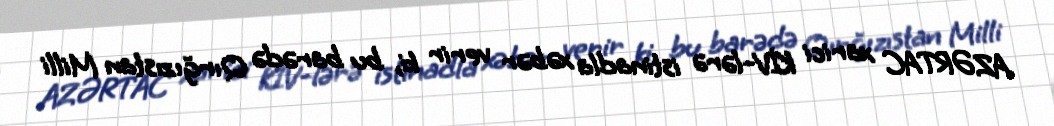
AZƏRTAC xarici KİV-lərə istinadla xəbər verir ki, bu barədə Qırğızıstan Milli